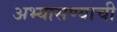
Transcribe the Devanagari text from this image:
अभ्यासण्याची